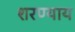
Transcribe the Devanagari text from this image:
शरण्याय